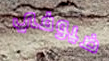
ضيوفي